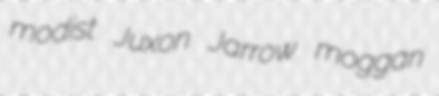
modist Juxon Jarrow moggan